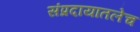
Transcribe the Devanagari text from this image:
संप्रदायातलेच